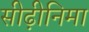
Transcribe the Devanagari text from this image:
सीढ़ीनिमा